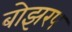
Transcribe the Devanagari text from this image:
बोझरप